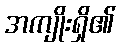
အကျိုးရှိ၏